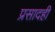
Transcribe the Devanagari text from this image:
प्रसादही